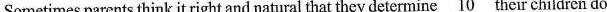
Sometimes parents think it right and natural that they determine \underline{10} their children do